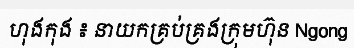
ហុងកុង ៖ នាយកគ្រប់គ្រងក្រុមហ៊ុន Ngong